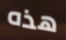
هذه